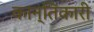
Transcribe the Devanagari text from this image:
कान्तिकारी